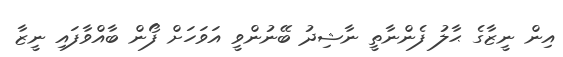
އިން ނީޒާގެ ޙާލު ފެންނާތީ ނާޝިދު ބޭނުންވީ އަވަހަށް ފޯން ބާއްވާފައި ނީޒާ